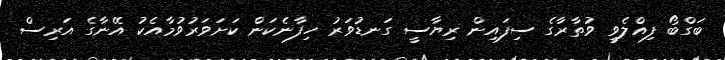
ބަގްބޯ ފިއްލެވީ ވުތާރާގެ ސިފައިން ރިޔާސީ ގަނޑުވަރު ހިފާނެކަން ކަށަވަރުވުމާއެކު އޭނާގެ އަރިސް